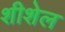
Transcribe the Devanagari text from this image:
शीशेल